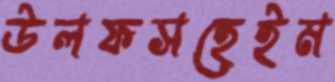
উলফসহেইম